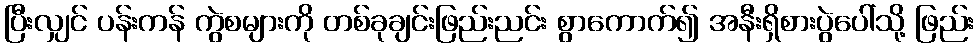
ပြီးလျှင် ပန်းကန် ကွဲစများကို တစ်ခုချင်းဖြည်းညင်း စွာကောက်၍ အနီးရှိစားပွဲပေါ်သို့ ဖြည်း